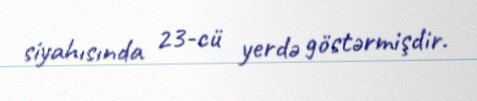
siyahısında 23-cü yerdə göstərmişdir.